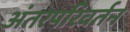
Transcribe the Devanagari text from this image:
अंतरपरिवर्तन